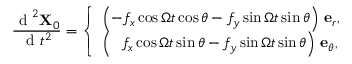
\frac { \mathrm { ~ d ~ } ^ { 2 } \mathbf { X } _ { 0 } } { \mathrm { ~ d ~ } t ^ { 2 } } = \left\{ \begin{array} { l l } { \left( - f _ { x } \cos { \Omega t } \cos \theta - f _ { y } \sin { \Omega t } \sin \theta \right) \, \mathbf { e } _ { r } , } \\ { \left( \, \, \, \, f _ { x } \cos { \Omega t } \sin \theta - f _ { y } \sin { \Omega t } \sin \theta \right) \, \mathbf { e } _ { \theta } , } \end{array} \right.